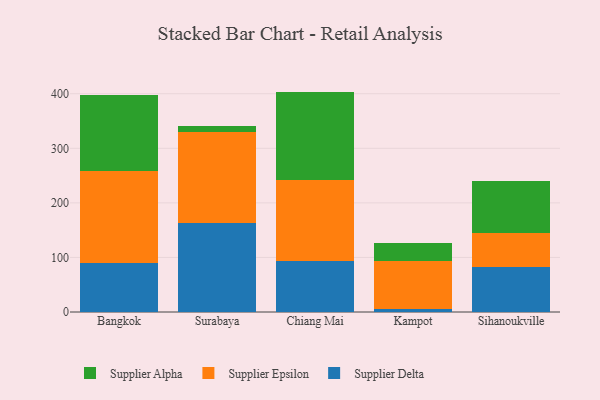
{"axis": {"x": "City", "y": "Headcount"}, "legend": ["Supplier Alpha", "Supplier Delta", "Supplier Epsilon"], "data": [{"x": "Bangkok", "y": 89.9, "type": "Supplier Delta"}, {"x": "Bangkok", "y": 168.8, "type": "Supplier Epsilon"}, {"x": "Bangkok", "y": 138.8, "type": "Supplier Alpha"}, {"x": "Surabaya", "y": 163.1, "type": "Supplier Delta"}, {"x": "Surabaya", "y": 167.5, "type": "Supplier Epsilon"}, {"x": "Surabaya", "y": 9.5, "type": "Supplier Alpha"}, {"x": "Chiang Mai", "y": 94.2, "type": "Supplier Delta"}, {"x": "Chiang Mai", "y": 146.8, "type": "Supplier Epsilon"}, {"x": "Chiang Mai", "y": 162.9, "type": "Supplier Alpha"}, {"x": "Kampot", "y": 5.6, "type": "Supplier Delta"}, {"x": "Kampot", "y": 87.4, "type": "Supplier Epsilon"}, {"x": "Kampot", "y": 33.8, "type": "Supplier Alpha"}, {"x": "Sihanoukville", "y": 83.0, "type": "Supplier Delta"}, {"x": "Sihanoukville", "y": 61.1, "type": "Supplier Epsilon"}, {"x": "Sihanoukville", "y": 96.5, "type": "Supplier Alpha"}]}